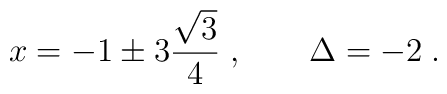
x=-1\pm3\frac{\sqrt{3}}{4}\; ,\qquad \Delta=-2\; .